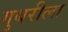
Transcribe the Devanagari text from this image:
गुबरीला